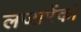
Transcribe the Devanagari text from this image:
लजारेंको